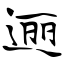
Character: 逦